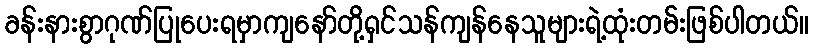
ခန်းနားစွာဂုဏ်ပြုပေးရမှာကျနော်တို့ရှင်သန်ကျန်နေသူများရဲ့ထုံးတမ်းဖြစ်ပါတယ်။